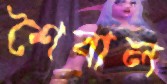
শৈবাল